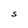
Character: S